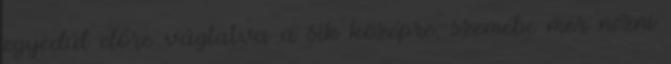
egyedül előre vágtatva a sík középre, szemébe mer nézni